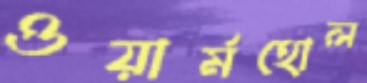
ওয়ার্মহোল